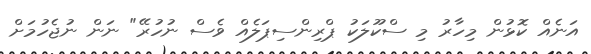
އަނެއް ކޮޅުން މިހާރު މި ސްކޫލަކު ޕްރިންސިޕަލެއް ވެސް ނުހުރޭ" ނަން ނުޖެހުމަށް